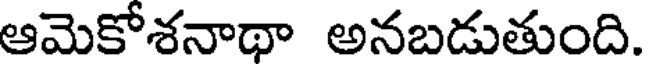
ఆమెకోశనాథా అనబడుతుంది.